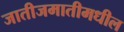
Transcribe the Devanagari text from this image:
जातीजमातीमधील